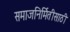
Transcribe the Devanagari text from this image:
समाजनिर्मितीसाठी